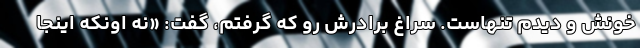
خونش و دیدم تنهاست. سراغ برادرش رو که گرفتم، گفت: «نه اونکه اینجا